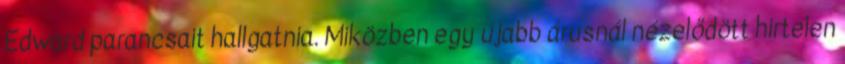
Edward parancsait hallgatnia. Miközben egy újabb árusnál nézelődött hirtelen